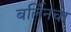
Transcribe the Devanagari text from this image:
बर्लिनचा